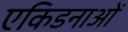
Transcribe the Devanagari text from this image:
एकिडनाओं